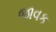
જાવક